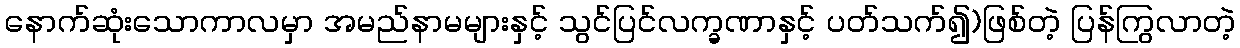
နောက်ဆုံးသောကာလမှာ အမည်နာမများနှင့် သွင်ပြင်လက္ခဏာနှင့် ပတ်သက်၍)ဖြစ်တဲ့ ပြန်ကြွလာတဲ့